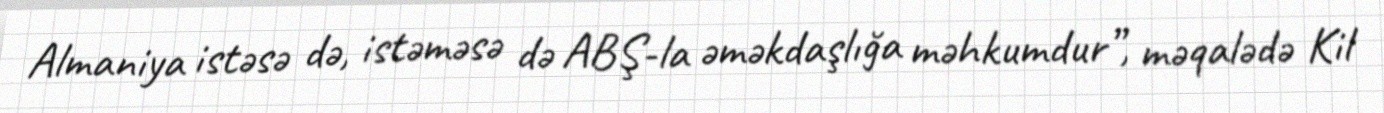
Almaniya istəsə də, istəməsə də ABŞ-la əməkdaşlığa məhkumdur”, məqalədə Kil